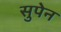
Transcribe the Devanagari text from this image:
सुपेन